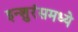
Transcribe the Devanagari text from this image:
इन्शुरंसमध्ये